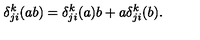
\delta _ { j i } ^ { k } ( a b ) = \delta _ { j i } ^ { k } ( a ) b + a \delta _ { j i } ^ { k } ( b ) .